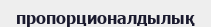
пропорционалдылық